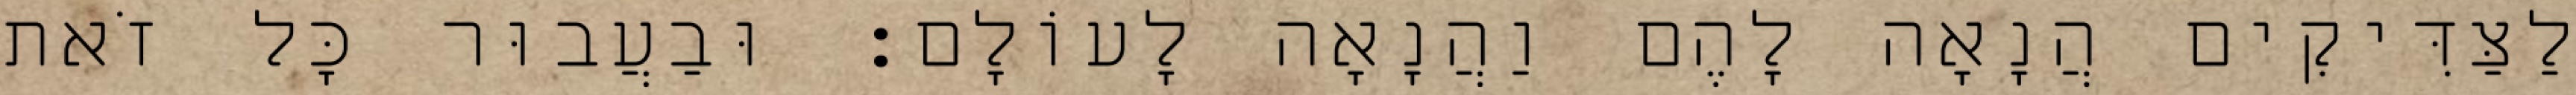
לַצַּדִּיקִים הֲנָאָה לָהֶם וַהֲנָאָה לָעוֹלָם: וּבַעֲבוּר כׇּל זֹאת